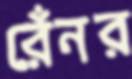
রেঁনর